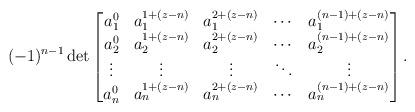
LaTeX: \begin{align*}(-1)^{n-1}\det\begin{bmatrix}a_1^0 & a_1^{1+(z-n)} & a_1^{2+(z-n)} & \cdots & a_1^{(n-1)+(z-n)} \\a_2^0 & a_2^{1+(z-n)} & a_2^{2+(z-n)} & \cdots & a_2^{(n-1)+(z-n)} \\\vdots & \vdots & \vdots & \ddots & \vdots \\a_n^0 & a_n^{1+(z-n)} & a_n^{2+(z-n)} & \cdots & a_n^{(n-1)+(z-n)} \\\end{bmatrix}.\end{align*}